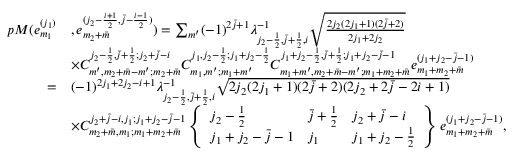
\begin{array} { r l } { p M ( e _ { m _ { 1 } } ^ { ( j _ { 1 } ) } } & { , e _ { m _ { 2 } + \bar { m } } ^ { ( j _ { 2 } - \frac { i + 1 } { 2 } , \bar { j } - \frac { i - 1 } { 2 } ) } ) = \sum _ { m ^ { \prime } } ( - 1 ) ^ { 2 \bar { j } + 1 } \lambda _ { j _ { 2 } - \frac { 1 } { 2 } , \bar { j } + \frac { 1 } { 2 } , i } ^ { - 1 } \sqrt { \frac { 2 j _ { 2 } ( 2 j _ { 1 } + 1 ) ( 2 \bar { j } + 2 ) } { 2 j _ { 1 } + 2 j _ { 2 } } } } \\ & { \times C _ { m ^ { \prime } , m _ { 2 } + \bar { m } - m ^ { \prime } ; m _ { 2 } + \bar { m } } ^ { j _ { 2 } - \frac { 1 } { 2 } , \bar { j } + \frac { 1 } { 2 } ; j _ { 2 } + \bar { j } - i } C _ { m _ { 1 } , m ^ { \prime } ; m _ { 1 } + m ^ { \prime } } ^ { j _ { 1 } , j _ { 2 } - \frac { 1 } { 2 } ; j _ { 1 } + j _ { 2 } - \frac { 1 } { 2 } } C _ { m _ { 1 } + m ^ { \prime } , m _ { 2 } + \bar { m } - m ^ { \prime } ; m _ { 1 } + m _ { 2 } + \bar { m } } ^ { j _ { 1 } + j _ { 2 } - \frac { 1 } { 2 } , \bar { j } + \frac { 1 } { 2 } ; j _ { 1 } + j _ { 2 } - \bar { j } - 1 } e _ { m _ { 1 } + m _ { 2 } + \bar { m } } ^ { ( j _ { 1 } + j _ { 2 } - \bar { j } - 1 ) } } \\ { = } & { ( - 1 ) ^ { 2 j _ { 1 } + 2 j _ { 2 } - i + 1 } \lambda _ { j _ { 2 } - \frac { 1 } { 2 } , \bar { j } + \frac { 1 } { 2 } , i } ^ { - 1 } \sqrt { 2 j _ { 2 } ( 2 j _ { 1 } + 1 ) ( 2 \bar { j } + 2 ) ( 2 j _ { 2 } + 2 \bar { j } - 2 i + 1 ) } } \\ & { \times C _ { m _ { 2 } + \bar { m } , m _ { 1 } ; m _ { 1 } + m _ { 2 } + \bar { m } } ^ { j _ { 2 } + \bar { j } - i , j _ { 1 } ; j _ { 1 } + j _ { 2 } - \bar { j } - 1 } \left\{ \begin{array} { l l l } { j _ { 2 } - \frac { 1 } { 2 } } & { \bar { j } + \frac { 1 } { 2 } } & { j _ { 2 } + \bar { j } - i } \\ { j _ { 1 } + j _ { 2 } - \bar { j } - 1 } & { j _ { 1 } } & { j _ { 1 } + j _ { 2 } - \frac { 1 } { 2 } } \end{array} \right\} e _ { m _ { 1 } + m _ { 2 } + \bar { m } } ^ { ( j _ { 1 } + j _ { 2 } - \bar { j } - 1 ) } , } \end{array}